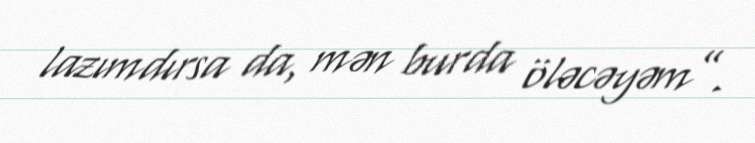
lazımdırsa da, mən burda öləcəyəm”.